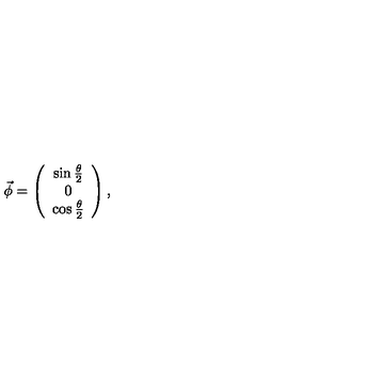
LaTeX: \vec { \phi } = \left( \begin{array} { c } { \sin \frac { \theta } { 2 } } \\ { 0 } \\ { \cos \frac { \theta } { 2 } } \\ \end{array} \right) ,